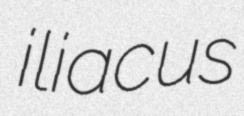
iliacus